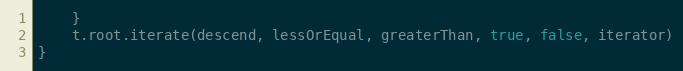
Language: Go
	}
	t.root.iterate(descend, lessOrEqual, greaterThan, true, false, iterator)
}